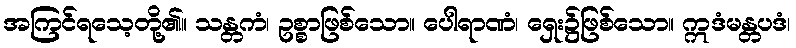
အကြင်ရသေ့တို့၏။ သန္တကံ၊ ဥစ္စာဖြစ်သော။ ပေါရာဏံ၊ ရှေး၌ဖြစ်သော။ ဣဒံမန္တပဒံ၊